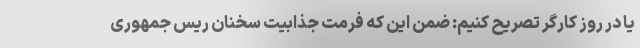
یا در روز کارگر تصریح کنیم: ضمن این که فرمت جذابیت سخنان ریس جمهوری